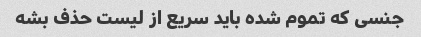
جنسی که تموم شده باید سریع از لیست حذف بشه